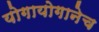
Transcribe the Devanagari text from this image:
योगायोगानेच